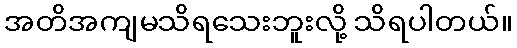
အတိအကျမသိရသေးဘူးလို့ သိရပါတယ်။